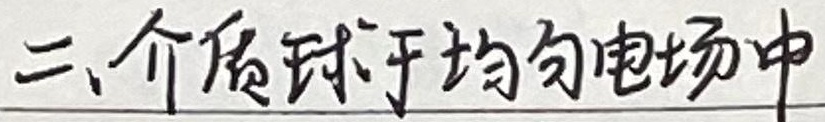
二、介质球于均匀电场中